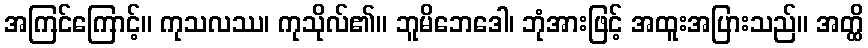
အကြင်ကြောင့်။ ကုသလဿ၊ ကုသိုလ်၏။ ဘူမိဘေဒေါ၊ ဘုံအားဖြင့် အထူးအပြားသည်။ အတ္ထိ